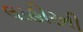
લાહોરની